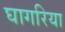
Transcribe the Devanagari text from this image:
घागरिया